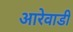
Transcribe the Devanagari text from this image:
आरेवाडी